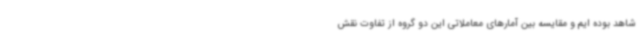
شاهد بوده ایم و مقایسه بین آمارهای معاملاتی این دو گروه از تفاوت نقش